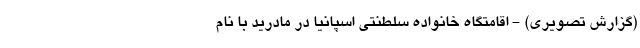
(گزارش تصویری) - اقامتگاه خانواده سلطنتی اسپانیا در مادرید با نام